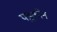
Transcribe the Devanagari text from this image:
पडुकोन